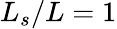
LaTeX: L_{s}/L=1